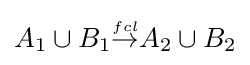
{\textstyle A_{1}\cup B_{1}{\stackrel {\scriptscriptstyle fcl}{\rightarrow }}A_{2}\cup B_{2}}